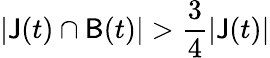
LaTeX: |\mathsf{J}(t)\cap\mathsf{B}(t)|>\frac{3}{4}|\mathsf{J}(t)|